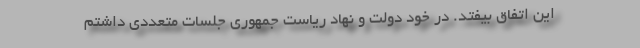
این اتفاق بیفتد. در خود دولت و نهاد ریاست جمهوری جلسات متعددی داشتم